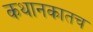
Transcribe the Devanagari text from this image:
कथानकातच